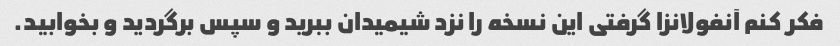
فکر کنم آنفولانزا گرفتی این نسخه را نزد شیمیدان ببرید و سپس برگردید و بخوابید.